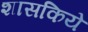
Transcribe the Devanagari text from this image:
शासकिये